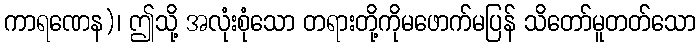
ကာရဏေန)၊ ဤသို့ အလုံးစုံသော တရားတို့ကိုမဖောက်မပြန် သိတော်မူတတ်သော